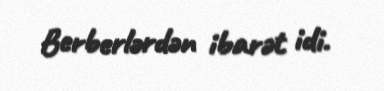
Berberlərdən ibarət idi.